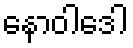
နောဝါဒေါ